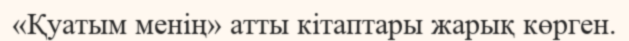
«Қуатым менің» атты кітаптары жарық көрген.